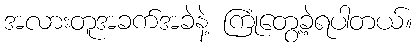
အလားတူအခက်အခဲနဲ့ ကြုံတွေ့ခဲ့ရပါတယ်။